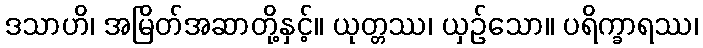
ဒသာဟိ၊ အမြိတ်အဆာတို့နှင့်။ ယုတ္တဿ၊ ယှဉ်သော။ ပရိက္ခာရဿ၊